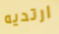
ارتديه